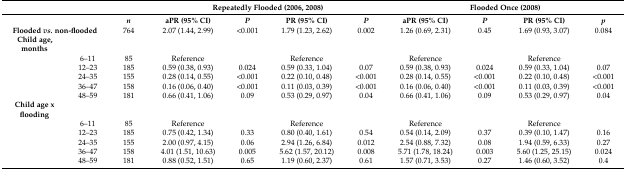
<table><thead><tr><td></td><td></td><td></td><td colspan="4"><b>Repeatedly Flooded (2006, 2008)</b></td><td colspan="4"><b>Flooded Once (2008)</b></td></tr></thead><tbody><tr><td></td><td></td><td><b><i>n</i></b></td><td><b>aPR (95% CI)</b></td><td><b><i>P</i></b></td><td><b>PR (95% CI)</b></td><td><b><i>P</i></b></td><td><b>aPR (95% CI)</b></td><td><b><i>P</i></b></td><td><b>PR (95% CI)</b></td><td><b><i>p</i></b></td></tr><tr><td colspan="2"><b>Flooded <i>vs.</i> non-flooded</b></td><td>764</td><td>2.07 (1.44, 2.99)</td><td>&lt;0.001</td><td>1.79 (1.23, 2.62)</td><td>0.002</td><td>1.26 (0.69, 2.31)</td><td>0.45</td><td>1.69 (0.93, 3.07)</td><td>0.084</td></tr><tr><td><b>Child age, months</b></td><td></td><td></td><td></td><td></td><td></td><td></td><td></td><td></td><td></td><td></td></tr><tr><td></td><td>6–11</td><td>85</td><td>Reference</td><td></td><td>Reference</td><td></td><td>Reference</td><td></td><td>Reference</td><td></td></tr><tr><td></td><td>12–23</td><td>185</td><td>0.59 (0.38, 0.93)</td><td>0.024</td><td>0.59 (0.33, 1.04)</td><td>0.07</td><td>0.59 (0.38, 0.93)</td><td>0.024</td><td>0.59 (0.33, 1.04)</td><td>0.07</td></tr><tr><td></td><td>24–35</td><td>155</td><td>0.28 (0.14, 0.55)</td><td>&lt;0.001</td><td>0.22 (0.10, 0.48)</td><td>&lt;0.001</td><td>0.28 (0.14, 0.55)</td><td>&lt;0.001</td><td>0.22 (0.10, 0.48)</td><td>&lt;0.001</td></tr><tr><td></td><td>36–47</td><td>158</td><td>0.16 (0.06, 0.40)</td><td>&lt;0.001</td><td>0.11 (0.03, 0.39)</td><td>&lt;0.001</td><td>0.16 (0.06, 0.40)</td><td>&lt;0.001</td><td>0.11 (0.03, 0.39)</td><td>&lt;0.001</td></tr><tr><td></td><td>48–59</td><td>181</td><td>0.66 (0.41, 1.06)</td><td>0.09</td><td>0.53 (0.29, 0.97)</td><td>0.04</td><td>0.66 (0.41, 1.06)</td><td>0.09</td><td>0.53 (0.29, 0.97)</td><td>0.04</td></tr><tr><td><b>Child age x flooding</b></td><td></td><td></td><td></td><td></td><td></td><td></td><td></td><td></td><td></td><td></td></tr><tr><td></td><td>6–11</td><td>85</td><td>Reference</td><td></td><td>Reference</td><td></td><td>Reference</td><td></td><td>Reference</td><td></td></tr><tr><td></td><td>12–23</td><td>185</td><td>0.75 (0.42, 1.34)</td><td>0.33</td><td>0.80 (0.40, 1.61)</td><td>0.54</td><td>0.54 (0.14, 2.09)</td><td>0.37</td><td>0.39 (0.10, 1.47)</td><td>0.16</td></tr><tr><td></td><td>24–35</td><td>155</td><td>2.00 (0.97, 4.15)</td><td>0.06</td><td>2.94 (1.26, 6.84)</td><td>0.012</td><td>2.54 (0.88, 7.32)</td><td>0.08</td><td>1.94 (0.59, 6.33)</td><td>0.27</td></tr><tr><td></td><td>36–47</td><td>158</td><td>4.01 (1.51, 10.63)</td><td>0.005</td><td>5.62 (1.57, 20.12)</td><td>0.008</td><td>5.71 (1.78, 18.24)</td><td>0.003</td><td>5.60 (1.25, 25.15)</td><td>0.024</td></tr><tr><td></td><td>48–59</td><td>181</td><td>0.88 (0.52, 1.51)</td><td>0.65</td><td>1.19 (0.60, 2.37)</td><td>0.61</td><td>1.57 (0.71, 3.53)</td><td>0.27</td><td>1.46 (0.60, 3.52)</td><td>0.4</td></tr></tbody></table>